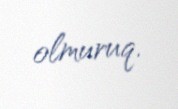
olmuruq.